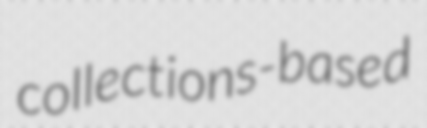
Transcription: collections-based